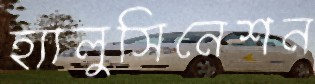
হ্যালুসিনেশন